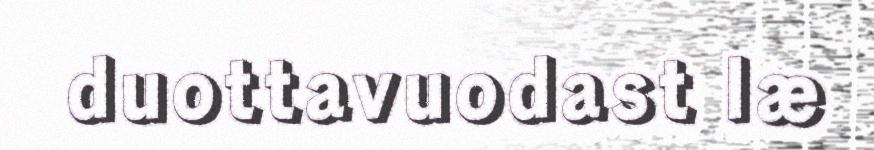
duottavuodast læ